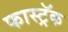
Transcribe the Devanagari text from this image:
फास्ट्रॅक